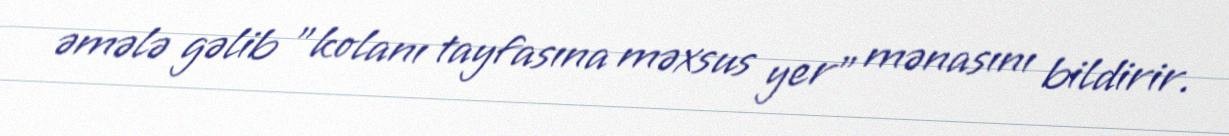
əmələ gəlib "kolanı tayfasına məxsus yer" mənasını bildirir.